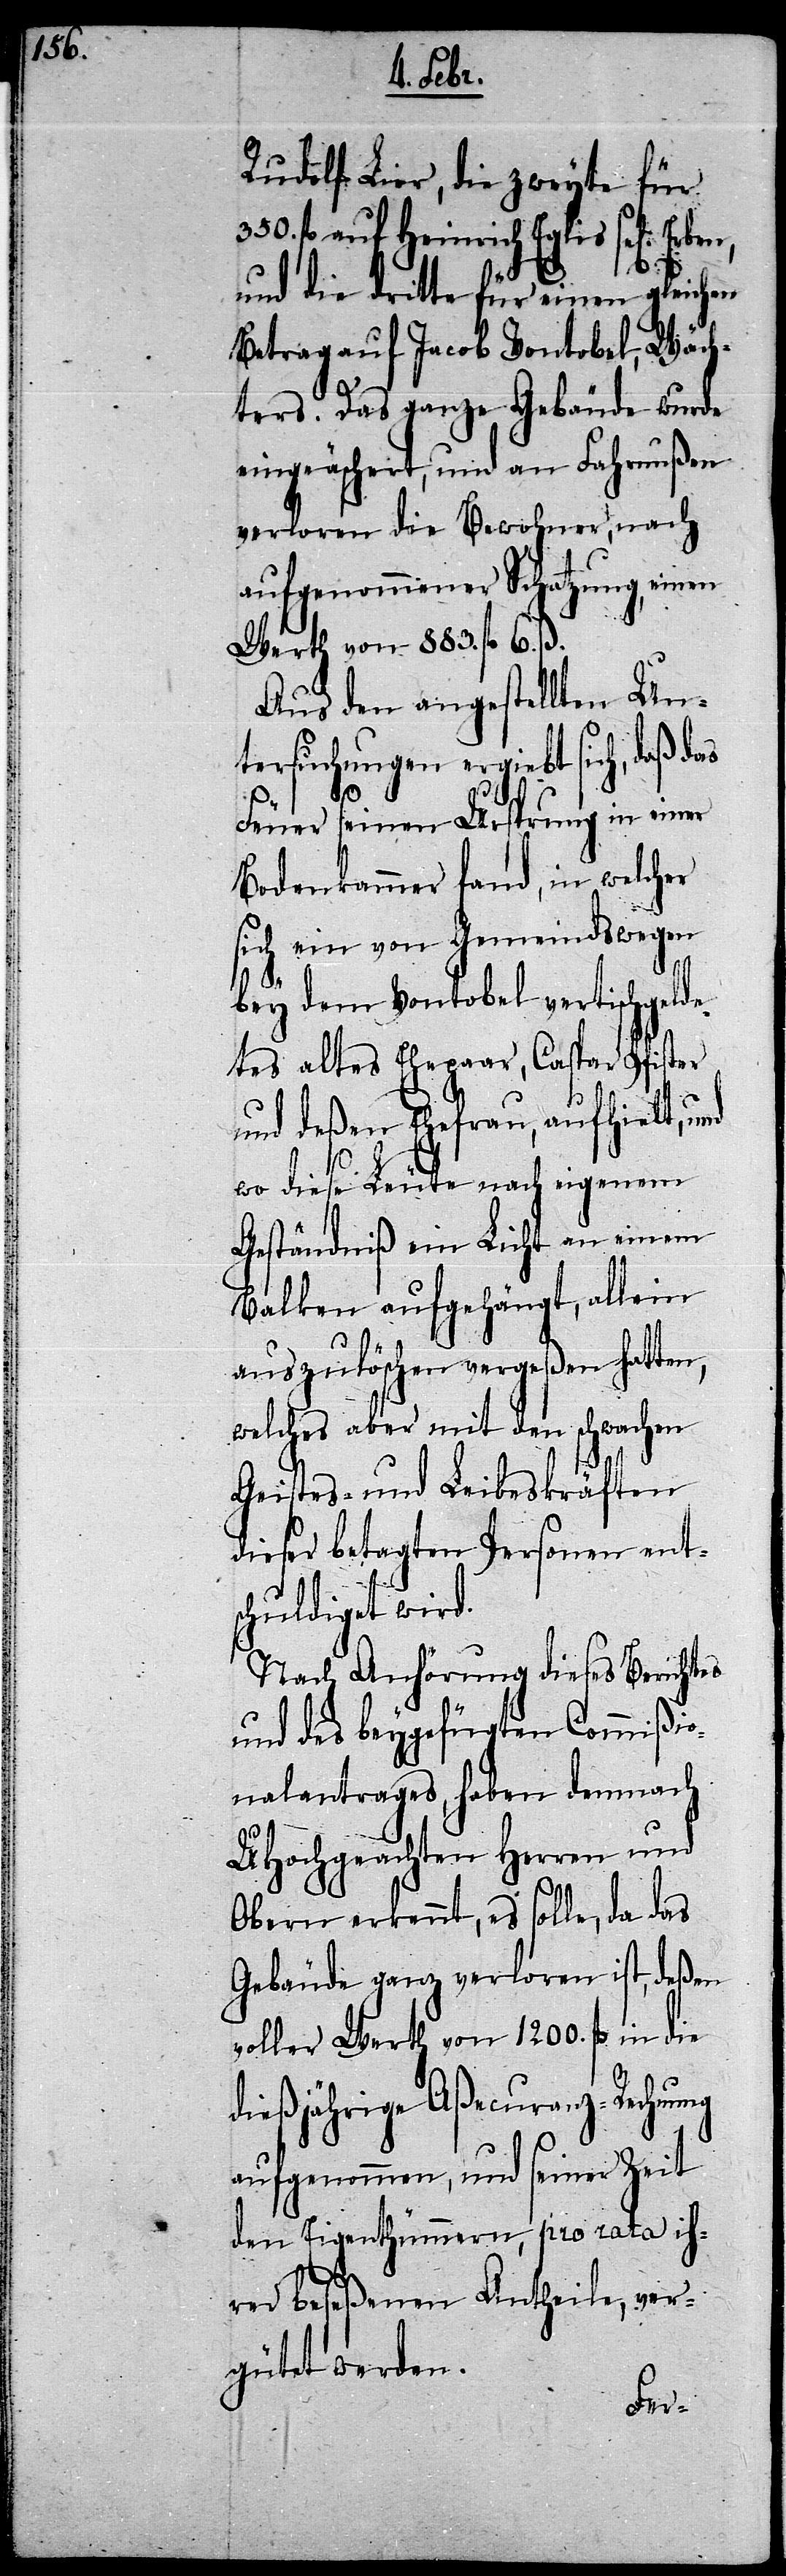
Rudolf Lier, die zweyte für
fl. auf Heinrich Eglis sel[ige]
und die dritte für einen gleichen
Betrag auf Jacob Vontobel, Wäch¬
ters. Das ganze Gebäude wurde
eingeäschert, und an Fahrnußen
verloren die Bewohner, nach
aufgenommener Schatzung, einen
Werth von 883. fl. 6. ß.
Aus den angestellten Un¬
tersuchungen ergiebt sich, daß das
Feuer seinen Ursprung in einer
Bodenkammer fand, in welcher
sich ein von Gemeindswegen
bey dem Vontobel vertischgelde¬
tes altes Ehepaar, Caspar Pfister
und deßen Ehefrau, aufhielt, und
wo diese Leute nach eigenem
Geständniß ein Licht an einem
Balken aufgehängt, allein
auszulöschen vergeßen hatten,
welches aber mit den schwachen
Geistes- und Leibeskräften
dieser betagten Personen ent¬
schuldiget wird.
Nach Anhörung dieses Berichtes
und des beygefügten Commißio¬
nalantrages, haben demnach
UHochgeachten Herren und
Obern erkennt, es solle, da das
Gebäude ganz verloren ist, deßen
voller Werth von 1200. fl. in die
dießjährige Aßecuranz-Rechnung
aufgenommen, und seiner Zeit
den Eigenthümmern, pro rata ih¬
rer beseßenen Antheile, ver¬
gütet werden.